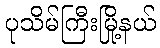
ပုသိမ်ကြီးမြို့နယ်